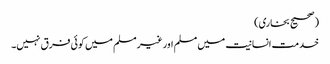
(صحیح بخاری)
خدمت انسانیت میں مسلم اور غیر مسلم میں کوئی فرق نہیں۔